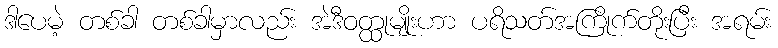
ဒါပေမဲ့ တစ်ခါ တစ်ခါမှာလည်း အဲဒီဝတ္ထုမျိုးဟာ ပရိသတ်အကြိုက်တိုးပြီး အရမ်း